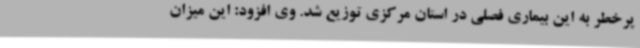
پرخطر به این بیماری فصلی در استان مرکزی توزیع شد. وی افزود: این میزان